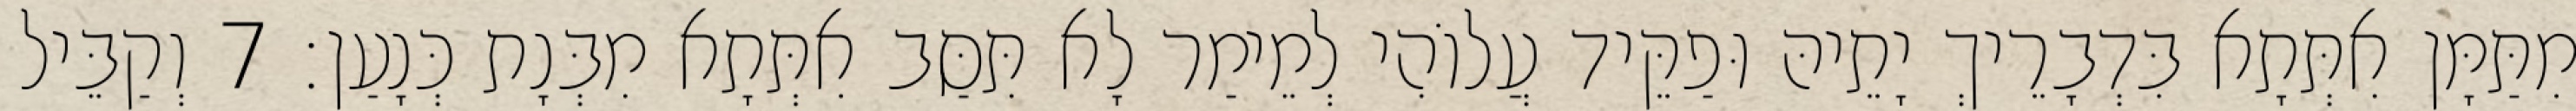
מִתַּמָּן אִתְּתָא בִּדְבָרֵיךְ יָתֵיהּ וּפַקֵּיד עֲלוֹהִי לְמֵימַר לָא תִּסַּב אִתְּתָא מִבְּנָת כְּנָעַן׃ 7 וְקַבֵּיל